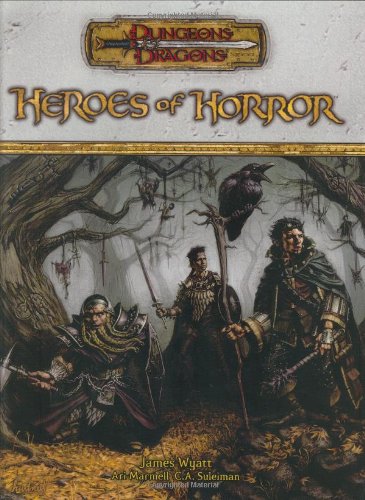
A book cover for Heroes of Horror (Dungeons & Dragons d20 3.5 Fantasy Roleplaying Supplement); James Wyatt; Science Fiction & Fantasy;